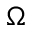
\Omega